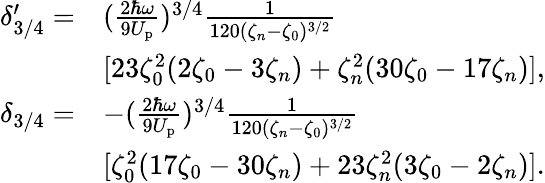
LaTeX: \begin{array}{rl}{\delta_{3/4}^{\prime}=}&{(\frac{2\hbar\omega}{9U_{\mathrm{p}}})^{3/4}\frac{1}{120(\zeta_{n}-\zeta_{0})^{3/2}}}\\ &{[23\zeta_{0}^{2}(2\zeta_{0}-3\zeta_{n})+\zeta_{n}^{2}(30\zeta_{0}-17\zeta_{n})],}\\ {\delta_{3/4}=}&{-(\frac{2\hbar\omega}{9U_{\mathrm{p}}})^{3/4}\frac{1}{120(\zeta_{n}-\zeta_{0})^{3/2}}}\\ &{[\zeta_{0}^{2}(17\zeta_{0}-30\zeta_{n})+23\zeta_{n}^{2}(3\zeta_{0}-2\zeta_{n})].}\end{array}